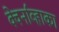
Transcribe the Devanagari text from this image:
क्वेर्नाव्हाका